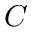
{ \cal C }